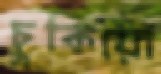
চুকিয়ো